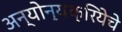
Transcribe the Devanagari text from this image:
अन्योन्यक्रियेचे